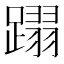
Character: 𨅵